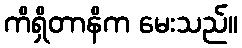
ကိရှိတာနိက မေးသည်။